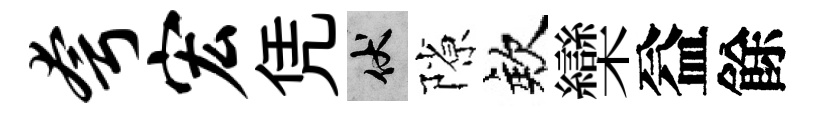
夸宏凭伏隙欸欒益餘